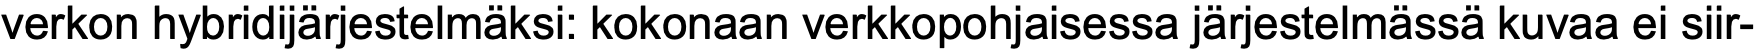
verkon hybridijärjestelmäksi: kokonaan verkkopohjaisessa järjestelmässä kuvaa ei siir-